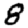
Digit: 8